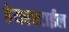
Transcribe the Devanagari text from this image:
हेयरस्टाईल